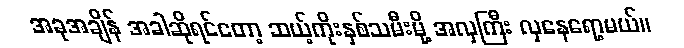
အခုအချိန် အခါဆိုရင်တော့ ဆယ့်ကိုးနှစ်သမီးမို့ အလှကြီး လှနေရော့မယ်။